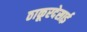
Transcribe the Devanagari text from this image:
ठाकूरदेसाई